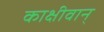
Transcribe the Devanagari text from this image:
काक्षीवान्